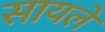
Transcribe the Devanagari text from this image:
सायले